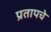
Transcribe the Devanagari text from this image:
प्रतापचे